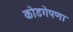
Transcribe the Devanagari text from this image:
कोडगेपणा